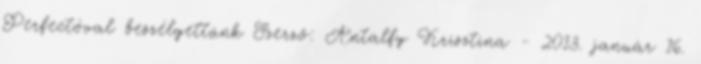
Perfectóval beszélgettünk Szerző: Antalfy Krisztina - 2013. január 16.